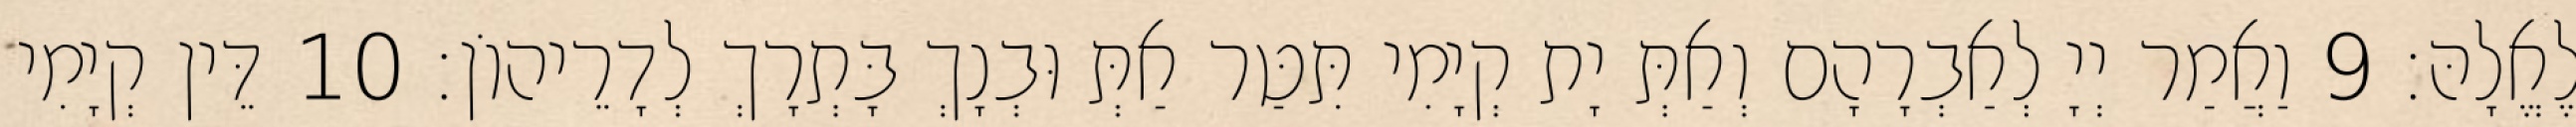
לֶאֱלָהּ׃ 9 וַאֲמַר יְיָ לְאַבְרָהָם וְאַתְּ יָת קְיָמִי תִּטַּר אַתְּ וּבְנָךְ בָּתְרָךְ לְדָרֵיהוֹן׃ 10 דֵּין קְיָמִי